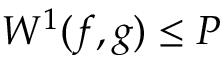
W ^ { 1 } ( f , g ) \leq P